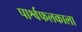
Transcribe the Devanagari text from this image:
पार्श्वफलकाला